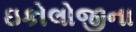
ઇકોલોજીના